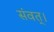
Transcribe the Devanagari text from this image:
संवत्‌।